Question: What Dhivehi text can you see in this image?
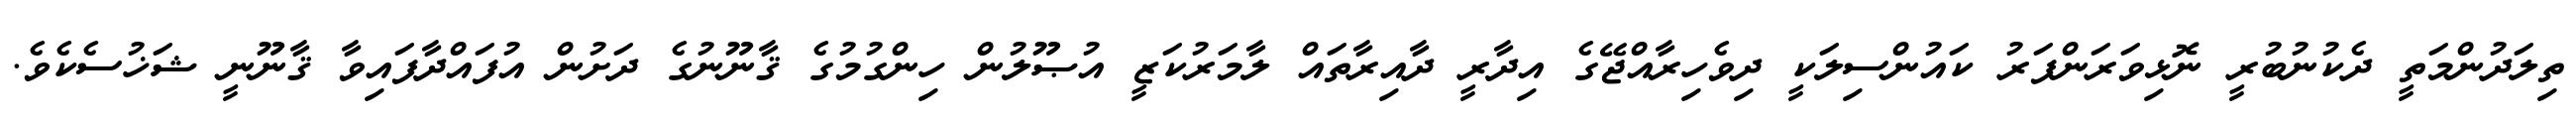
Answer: ތިލަދުންމަތީ ދެކުނުބުރީ ނޮޅިވަރަންފަރު ކައުންސިލަކީ ދިވެހިރާއްޖޭގެ އިދާރީ ދާއިރާތައް ލާމަރުކަޒީ އުޞޫލުން ހިންގުމުގެ ޤާނޫނުގެ ދަށުން އުފައްދާފައިވާ ޤާނޫނީ ޝަޚުސެކެވެ.